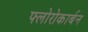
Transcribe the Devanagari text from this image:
फ्लोरोकार्बन